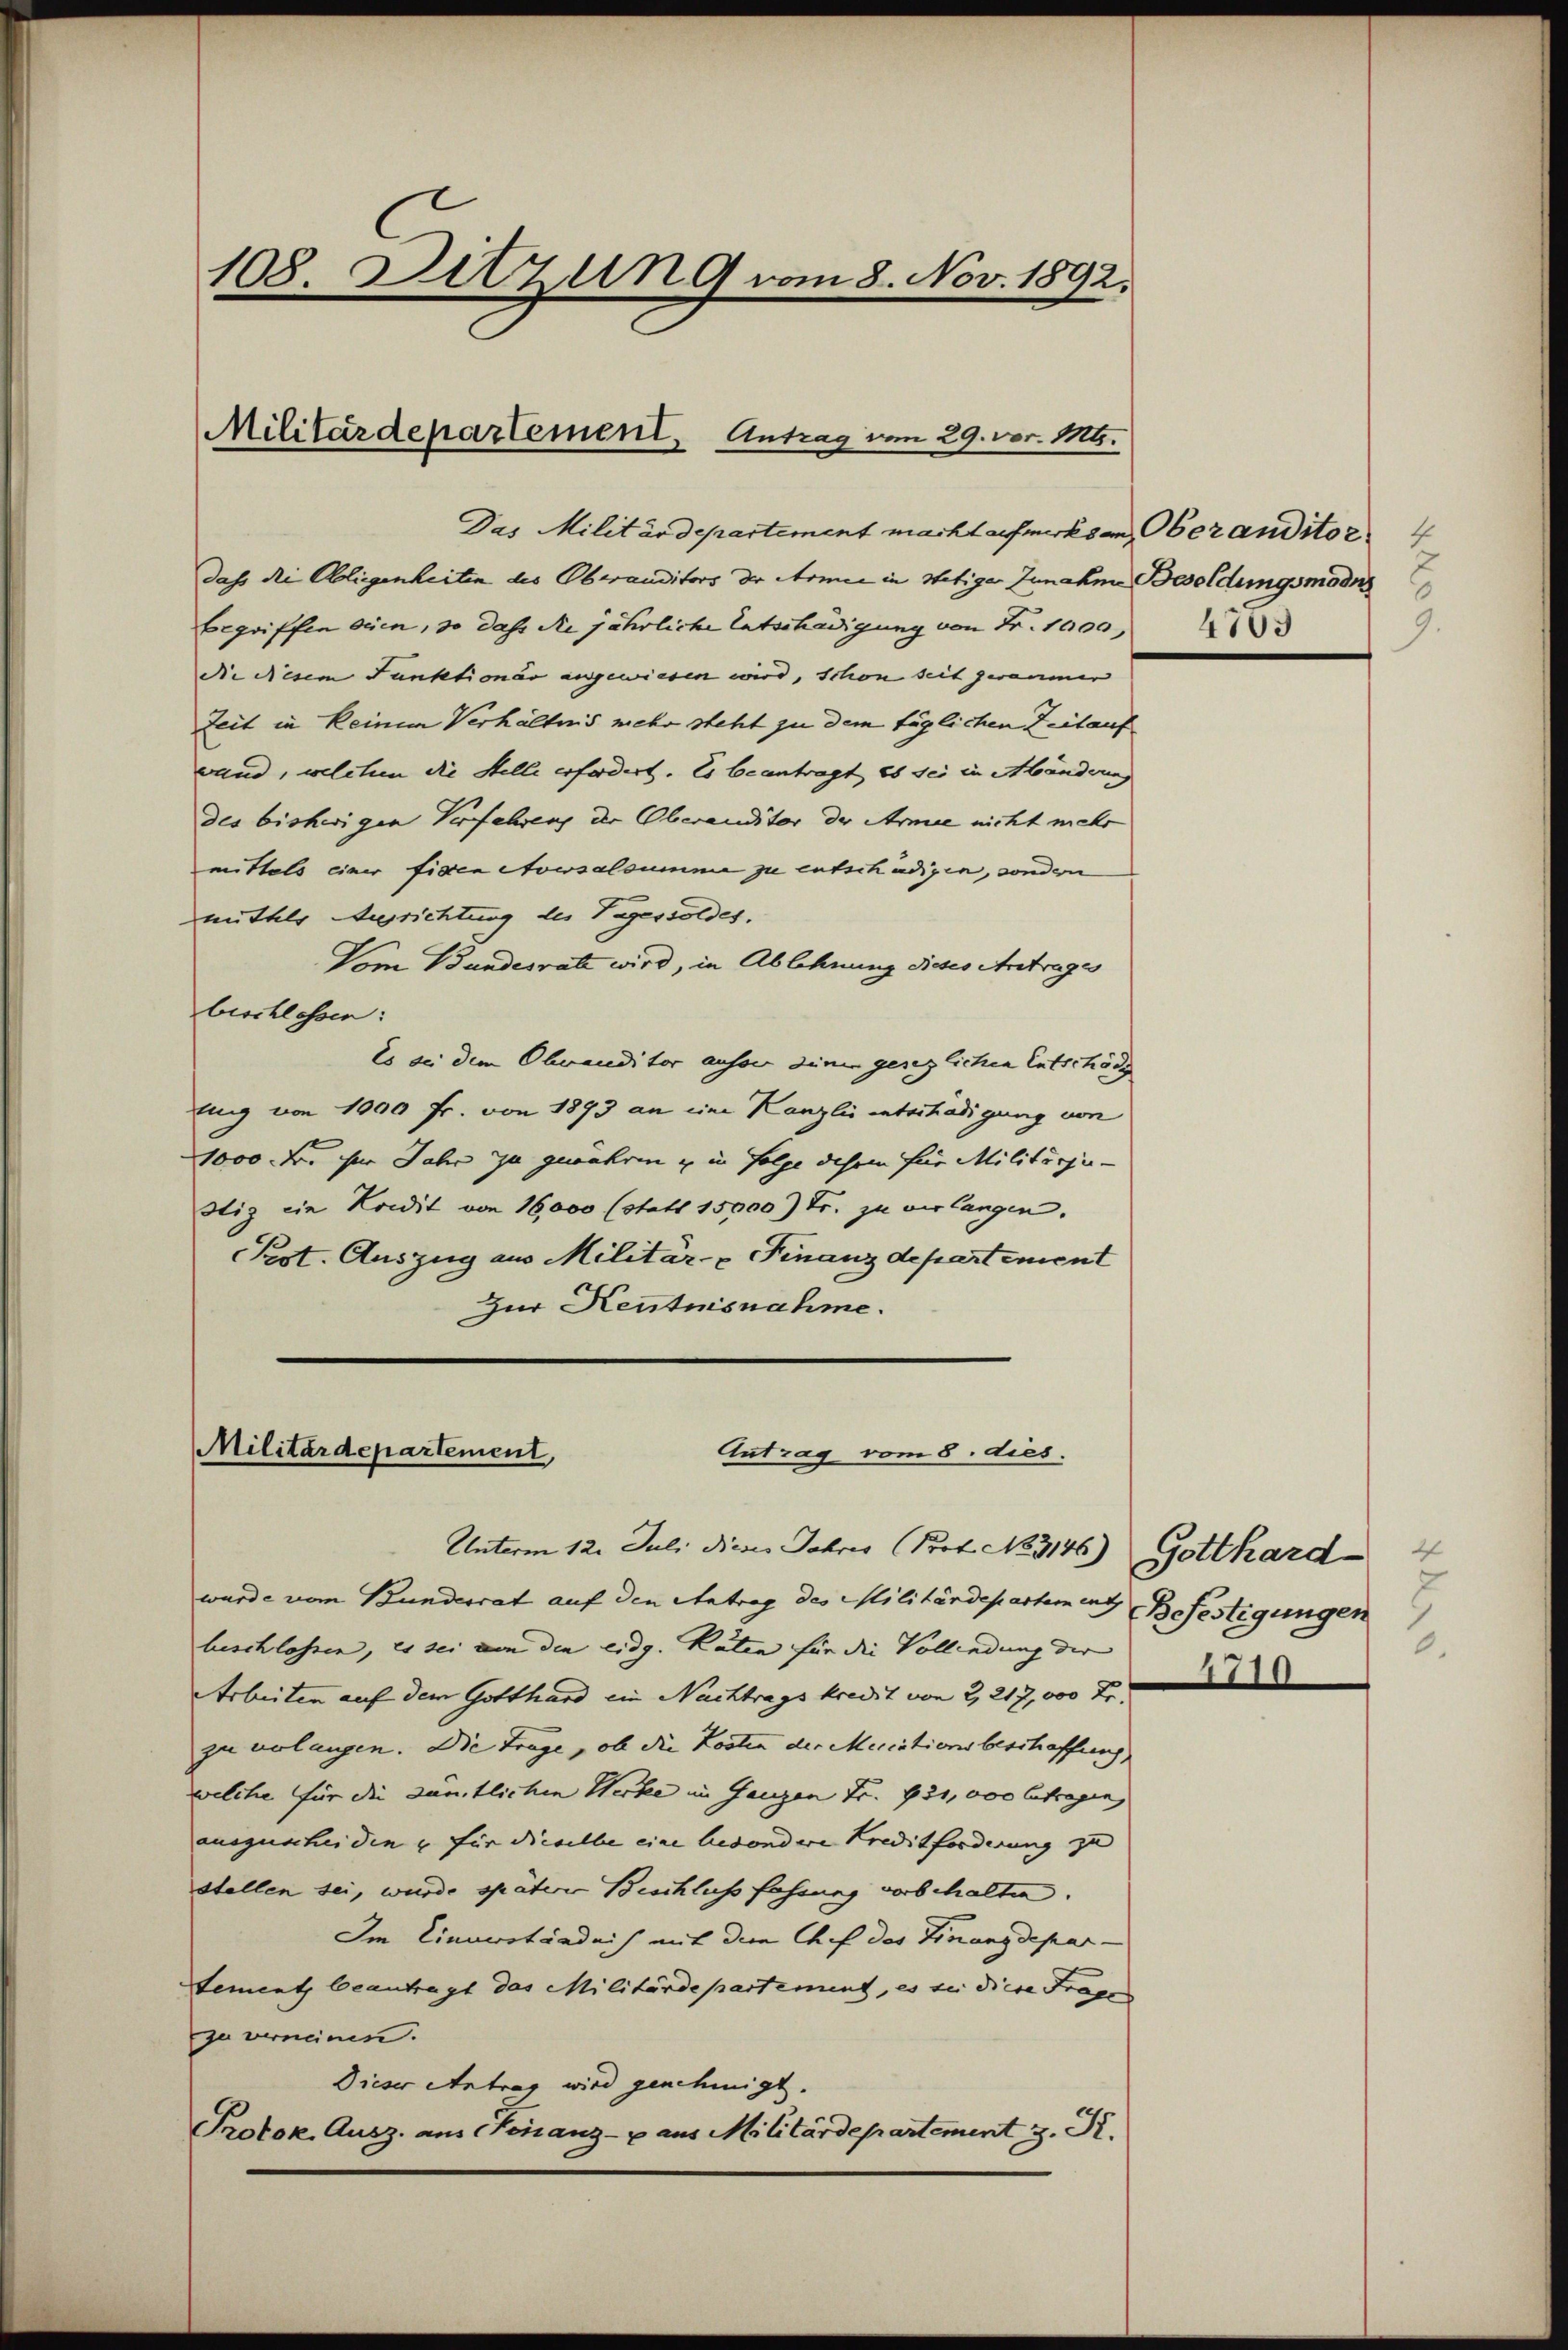
108. Ditzun 9 vom 8. Nov. 1892.

Militärdepartement, Antrag vom 29. vor. 116.

Das Militärdepartement macht aufmerksam, Oberanditor
dass die Obliegenheiten des Oberauditors der Armee in stetige Zunahen Besoldungsmodus
begriffen seien, so dass de jährliche Entschädigung von Fr. 1000,
die diesem Funktionär angewiesen wird, schon seit zwanmer
Zeit in keinem Verhältnis mehr steht zu dem täglichen Zeitauf
wand, welchen die Stelle erfordert. Es beantragt, es sei in Händerung
des bisherigen Verfahreng der Oberauditor der Armee nicht mehr
mittels einer fiden Aversalsumme zu entschädigen, sondern
mittels Ausrichtung des Tagessoldes,
Vom Bundesrat wird, in Ablehnung dieses Antrages
beschlossen:
Es an dem Obvauditor ausser denen gesezlichen Entschäd
lung von 1000 fr. von 1893 an eine Kanzlis entschädigung von
1000 Fr. für Jahr zu gewahren u in Folge diesem für Militärger-
stiz ein Kredit von 16,000 (statt 15000 Fr. zu verlangen.
Pest. Auszug aus Militär- Finanzdepartement
Zur Kentnisnahme.

Militärdepartement
Antrag vom 8. dies
Unterm 12. Juli die Jahres Prof. No. 3146) Gotthard

wurde vom Bunderrat auf den Antrag des Militärdepartement
beschlossen, es sei von den eidg. Raten für die Vollendung der |
Arbeiten auf dem Gotthard ein Nachtrags kredit von 2, 217,000 Fr.
zu verlangen. Die Trage, ob die Kosten der Meccationsbeschaffung
welche für die sämtlichen Werke im Ganzen Fr. 95,000 betragen,
auszuscheiden u für dieselbe eine besondere Kreditforderung zu
stellen sei, wurde späterer Beschluss fassung vorbehalten.
Im Einverständnis mit dem Chef des Finanzdepar-
Lement beantragt das Militärdepartement, es sei diese Frage
zu vernemen.
Dieser Antrag wird genehmigt.
Protok. Ausz. aus einanz- u aus Militärdepartement z. R.

9.
4703

4
Befestigungen
0.
1710